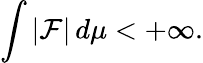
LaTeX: \int|\mathcal{F}|\, d\mu<+\infty.